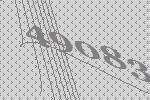
49083